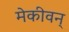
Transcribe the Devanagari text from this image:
मेकीवन्